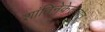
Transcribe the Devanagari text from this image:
शांतिनेकेतनात